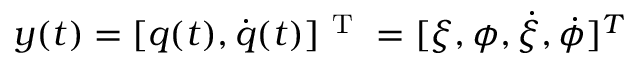
\boldsymbol { y } ( t ) = [ \boldsymbol { q } ( t ) , \dot { \boldsymbol { q } } ( t ) ] ^ { \mathrm { ~ T ~ } } = [ \xi , \phi , \dot { \xi } , \dot { \phi } ] ^ { T }